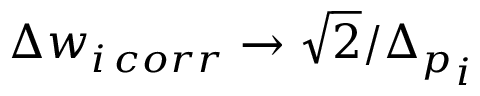
\Delta w _ { i \, c o r r } \to \sqrt { 2 } / { \Delta _ { p } } _ { i }